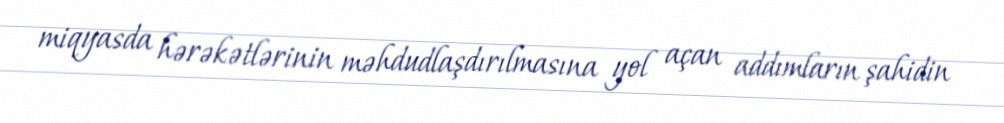
miqyasda hərəkətlərinin məhdudlaşdırılmasına yol açan addımların şahidin